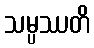
သမ္ပဿတိ